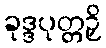
ခုဒ္ဒပုတ္တဉှိ